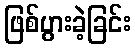
ဖြစ်ပွားခဲ့ခြင်း